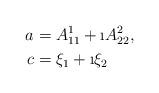
LaTeX: \begin{align*}a&=A^1_{11}+\i A^2_{22},\\c&=\xi_1+\i \xi_2\end{align*}